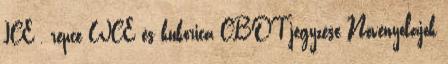
ICE , repce WCE és kukorica CBOT jegyzése Növényolajok